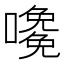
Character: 𡁅